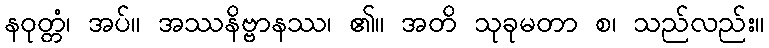
နဝုတ္တံ၊ အပ်။ အဿနိဗ္ဗာနဿ၊ ၏။ အတိ သုခုမတာ စ၊ သည်လည်း။